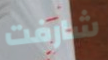
شارفت